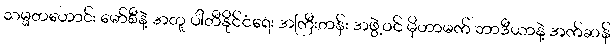
သမ္မတဟောင်း မော်စီနဲ့ အတူ ပါတီနိုင်ငံရေး အကြီးတန်း အဖွဲ့ဝင် မိုဟာမက် ဘာဒီယာနဲ့ အက်ဆန်